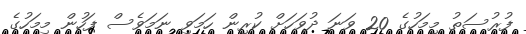
ފުރުސަތު މިމަހުގެ 20 ވަނަ ދުވަހަށް ކުރިން ހަމަވި ނަމަވެސް ފަހުން މިމަހުގެ